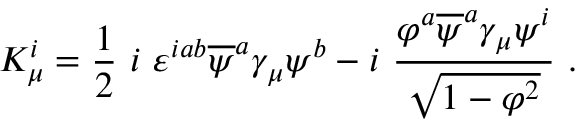
K _ { \mu } ^ { i } = \frac 1 2 ~ i ~ \varepsilon ^ { i a b } \overline { { { \psi } } } ^ { a } \gamma _ { \mu } \psi ^ { b } - i ~ { \frac { \varphi ^ { a } \overline { { { \psi } } } ^ { a } \gamma _ { \mu } \psi ^ { i } } { \sqrt { 1 - { \varphi } ^ { 2 } } } } ~ .